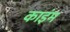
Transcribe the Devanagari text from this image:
काइंम